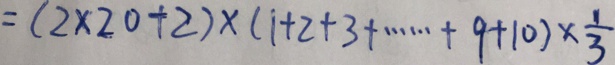
= ( 2 \times 2 0 + 2 ) \times ( 1 + 2 + 3 + \cdots + 9 + 1 0 ) \times \frac { 1 } { 3 }